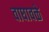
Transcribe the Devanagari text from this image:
वाघावळे